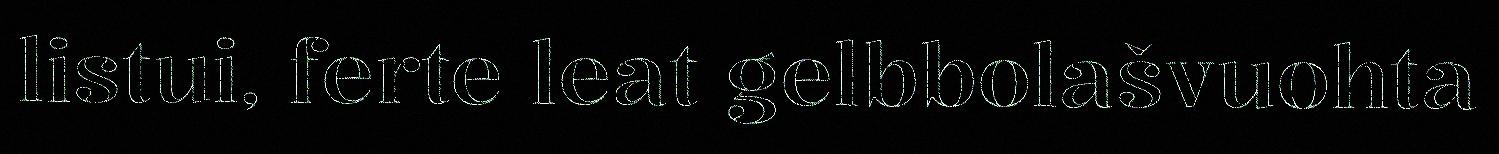
listui, ferte leat gelbbolašvuohta